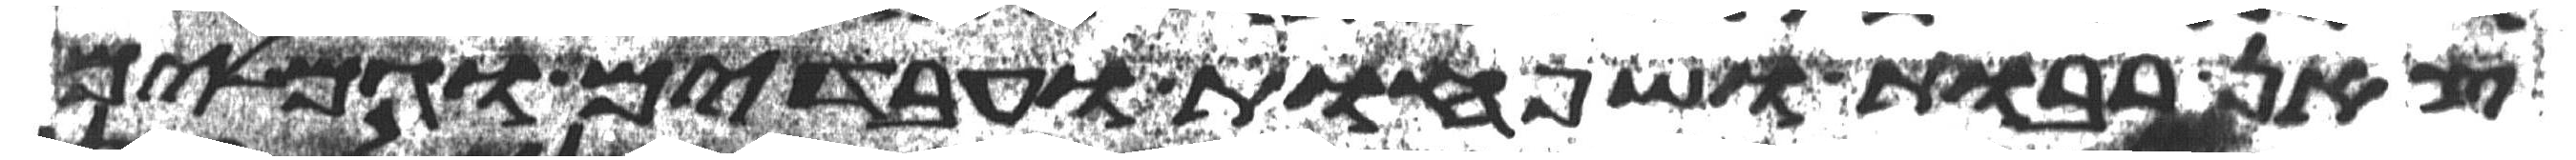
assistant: צאן רבות ושפחות עבדים וגמלים